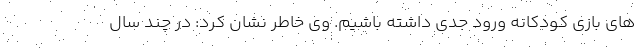
های بازی کودکانه ورود جدی داشته باشیم. وی خاطر نشان کرد: در چند سال